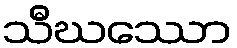
သီဃဿော